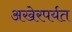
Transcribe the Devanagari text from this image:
अखेरपर्यत